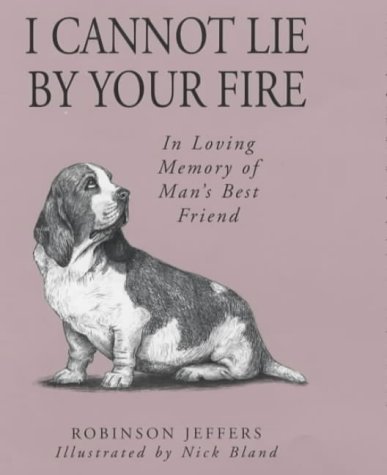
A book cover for I Cannot Lie by Your Fire: In Memory of Man's Best Friend; Robinson Jeffers; Self-Help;